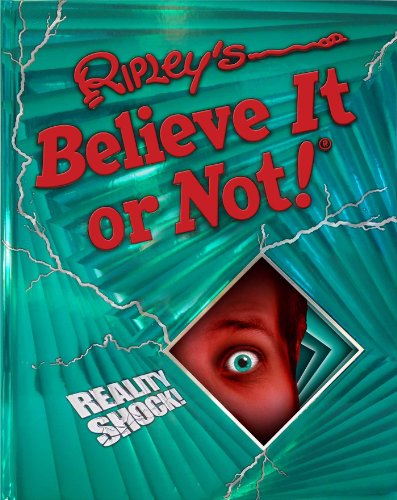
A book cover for Ripley's Believe It Or Not!: Reality Shock!; Ripley's Believe It Or Not!; Humor & Entertainment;